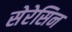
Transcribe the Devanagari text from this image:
सेरेसिन